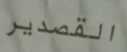
القصدير